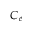
C _ { e }